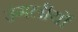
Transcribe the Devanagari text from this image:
उंगलीयों